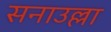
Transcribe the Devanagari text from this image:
सनाउल्ला